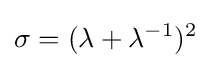
\sigma =(\lambda +\lambda ^{-1})^{2}